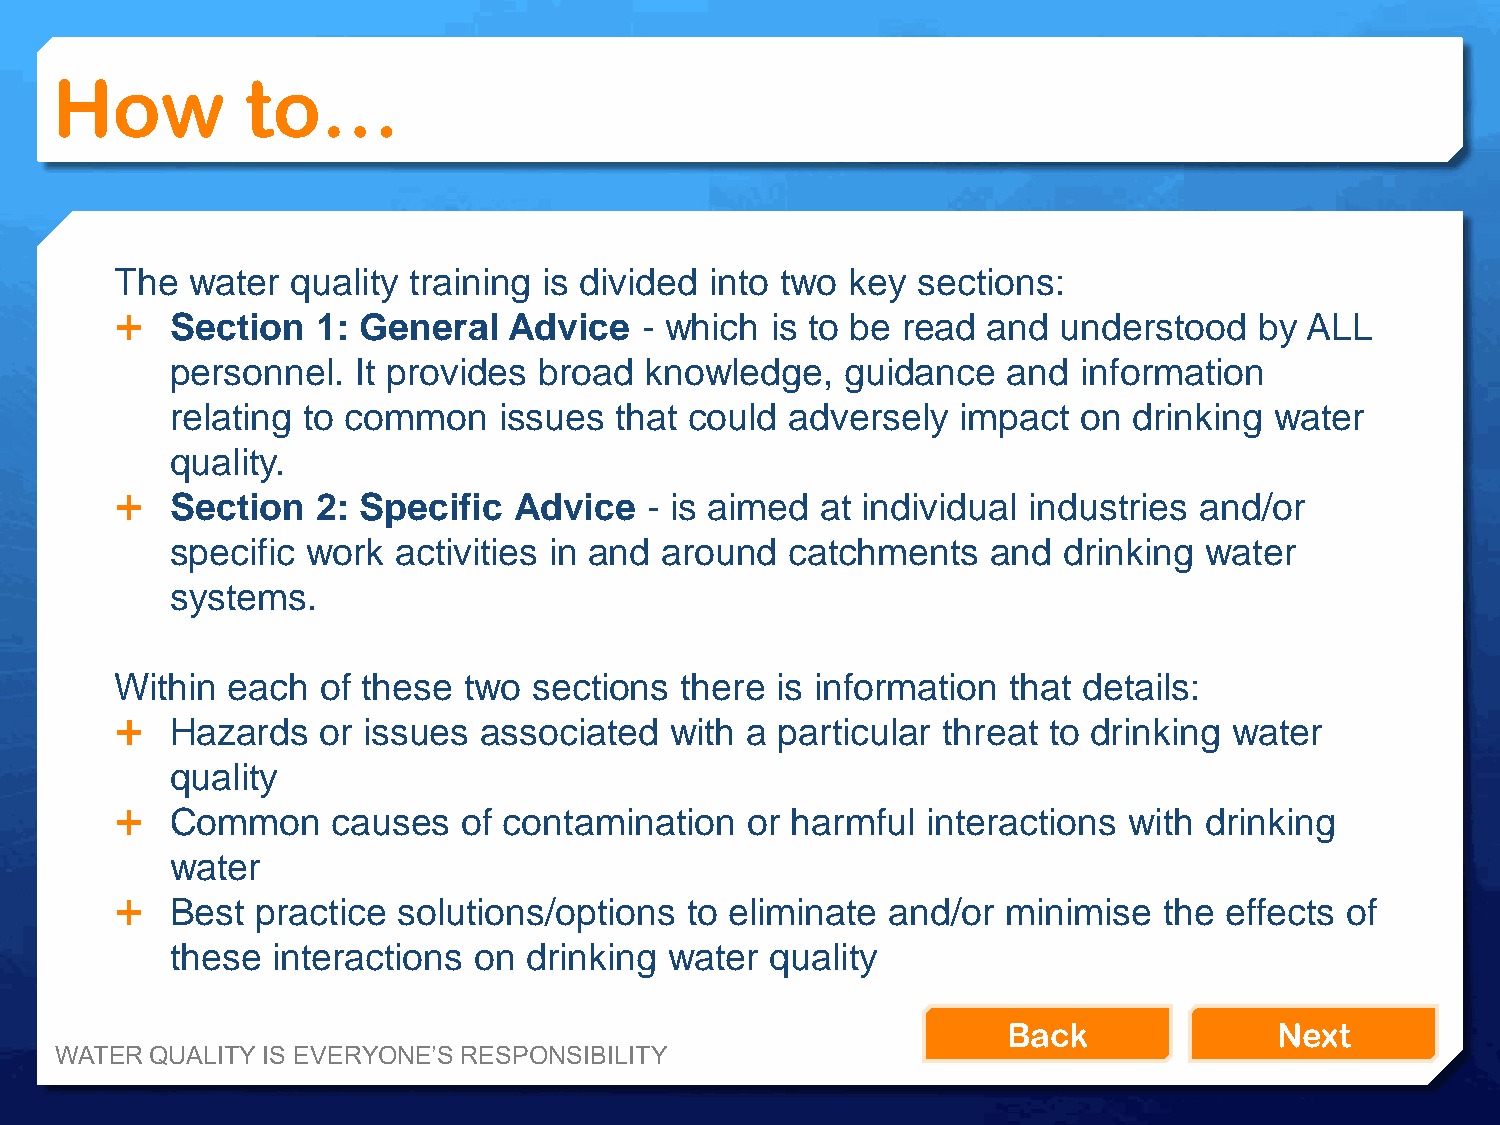
How          to…
 The water  quality training is divided into two key  sections:
   Section   1: General   Advice  - which  is to be read and  understood   by ALL
 personnel.   It provides broad  knowledge,   guidance   and  information
 relating to common    issues  that could adversely   impact  on drinking water
 quality.
   Section   2: Specific  Advice   - is aimed at individual industries and/or
 specific work  activities in and around  catchments    and drinking  water
 systems.
 Within each  of these  two sections  there is information  that details:
   Hazards   or issues  associated  with a  particular threat to drinking water
 quality
   Common     causes   of contamination  or harmful  interactions  with drinking
 water
   Best  practice solutions/options  to eliminate  and/or  minimise  the effects of
 these  interactions on  drinking water  quality
 Back              Next
 WATER QUALITY IS EVERYONE’S RESPONSIBILITY